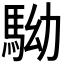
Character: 𩢒